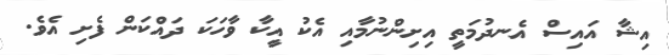
އިޝާ އައިސް އެނދުމަތީ އިށިންނުމާއި އެކު އީކާ ވާހަކަ ދައްކަން ފެށި އެވެ.